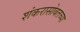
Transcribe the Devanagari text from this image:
शंकरासोबतच्या